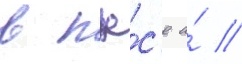
в пье́с'е а́ //